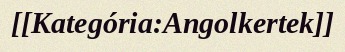
[[Kategória:Angolkertek]]